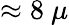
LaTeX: \approx 8~\mu